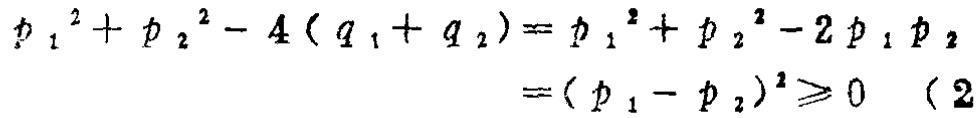
\[
\begin{align*}
p_{1}^{2}+p_{2}^{2}-4(q_{1} + q_{2})&=p_{1}^{2}+p_{2}^{2}-2p_{1}p_{2}\\
&=(p_{1}-p_{2})^{2}\geqslant0\quad(2)
\end{align*}
\]